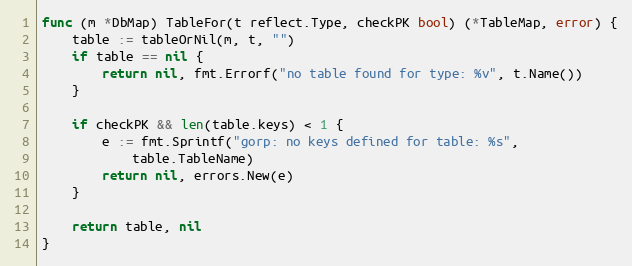
Language: Go
func (m *DbMap) TableFor(t reflect.Type, checkPK bool) (*TableMap, error) {
	table := tableOrNil(m, t, "")
	if table == nil {
		return nil, fmt.Errorf("no table found for type: %v", t.Name())
	}

	if checkPK && len(table.keys) < 1 {
		e := fmt.Sprintf("gorp: no keys defined for table: %s",
			table.TableName)
		return nil, errors.New(e)
	}

	return table, nil
}